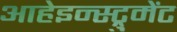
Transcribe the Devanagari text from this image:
आहेइन्स्ट्रुमेंट